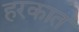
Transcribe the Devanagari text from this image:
हरकात